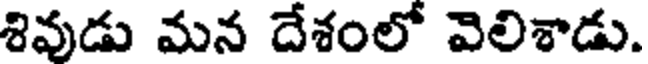
శివుడు మన దేశంలో విలిశాడు.